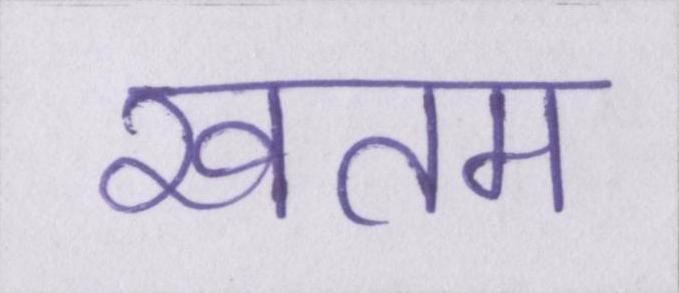
खतम